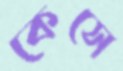
কেসে